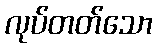
လုပ်တတ်သော